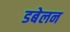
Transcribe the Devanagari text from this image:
डबेलन